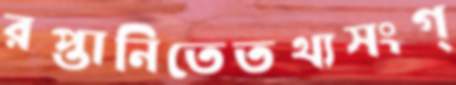
রপ্তানিতেতথ্যসংগ্